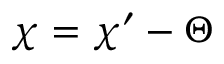
\chi = \chi ^ { \prime } - \Theta